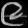
Digit: ၉